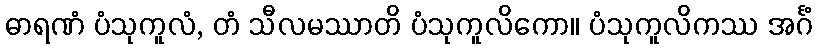
ဓာရဏံ ပံသုကူလံ, တံ သီလမဿာတိ ပံသုကူလိကော။ ပံသုကူလိကဿ အင်္ဂံ